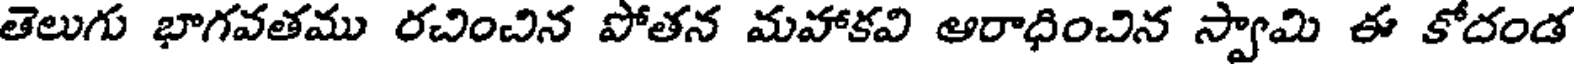
తెలుగు భాగవతము రచించిన పోతన మహాకవి ఆరాధించిన స్వామి ఈ కోదండ